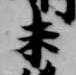
未